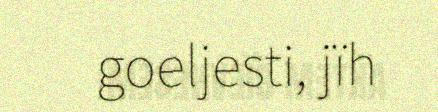
goeljesti, jïh